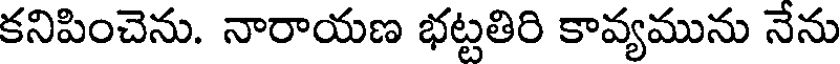
కనిపించెను. నారాయణ భట్టతిరి కావ్యమును నేను